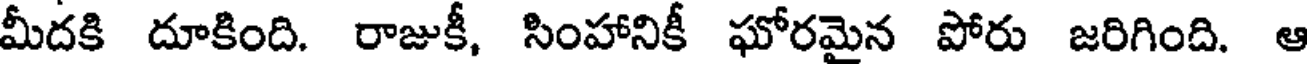
మీదకి దూకింది. రాజుకీ, సింహానికీ ఘోరమైన పోరు జరిగింది. ఆ